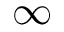
\infty